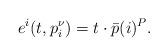
LaTeX: \begin{align*}e^i(t, p^\nu_i) = t \cdot \bar p(i)^P.\end{align*}